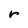
Character: r